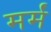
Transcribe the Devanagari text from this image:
मर्मं